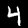
Label: 4